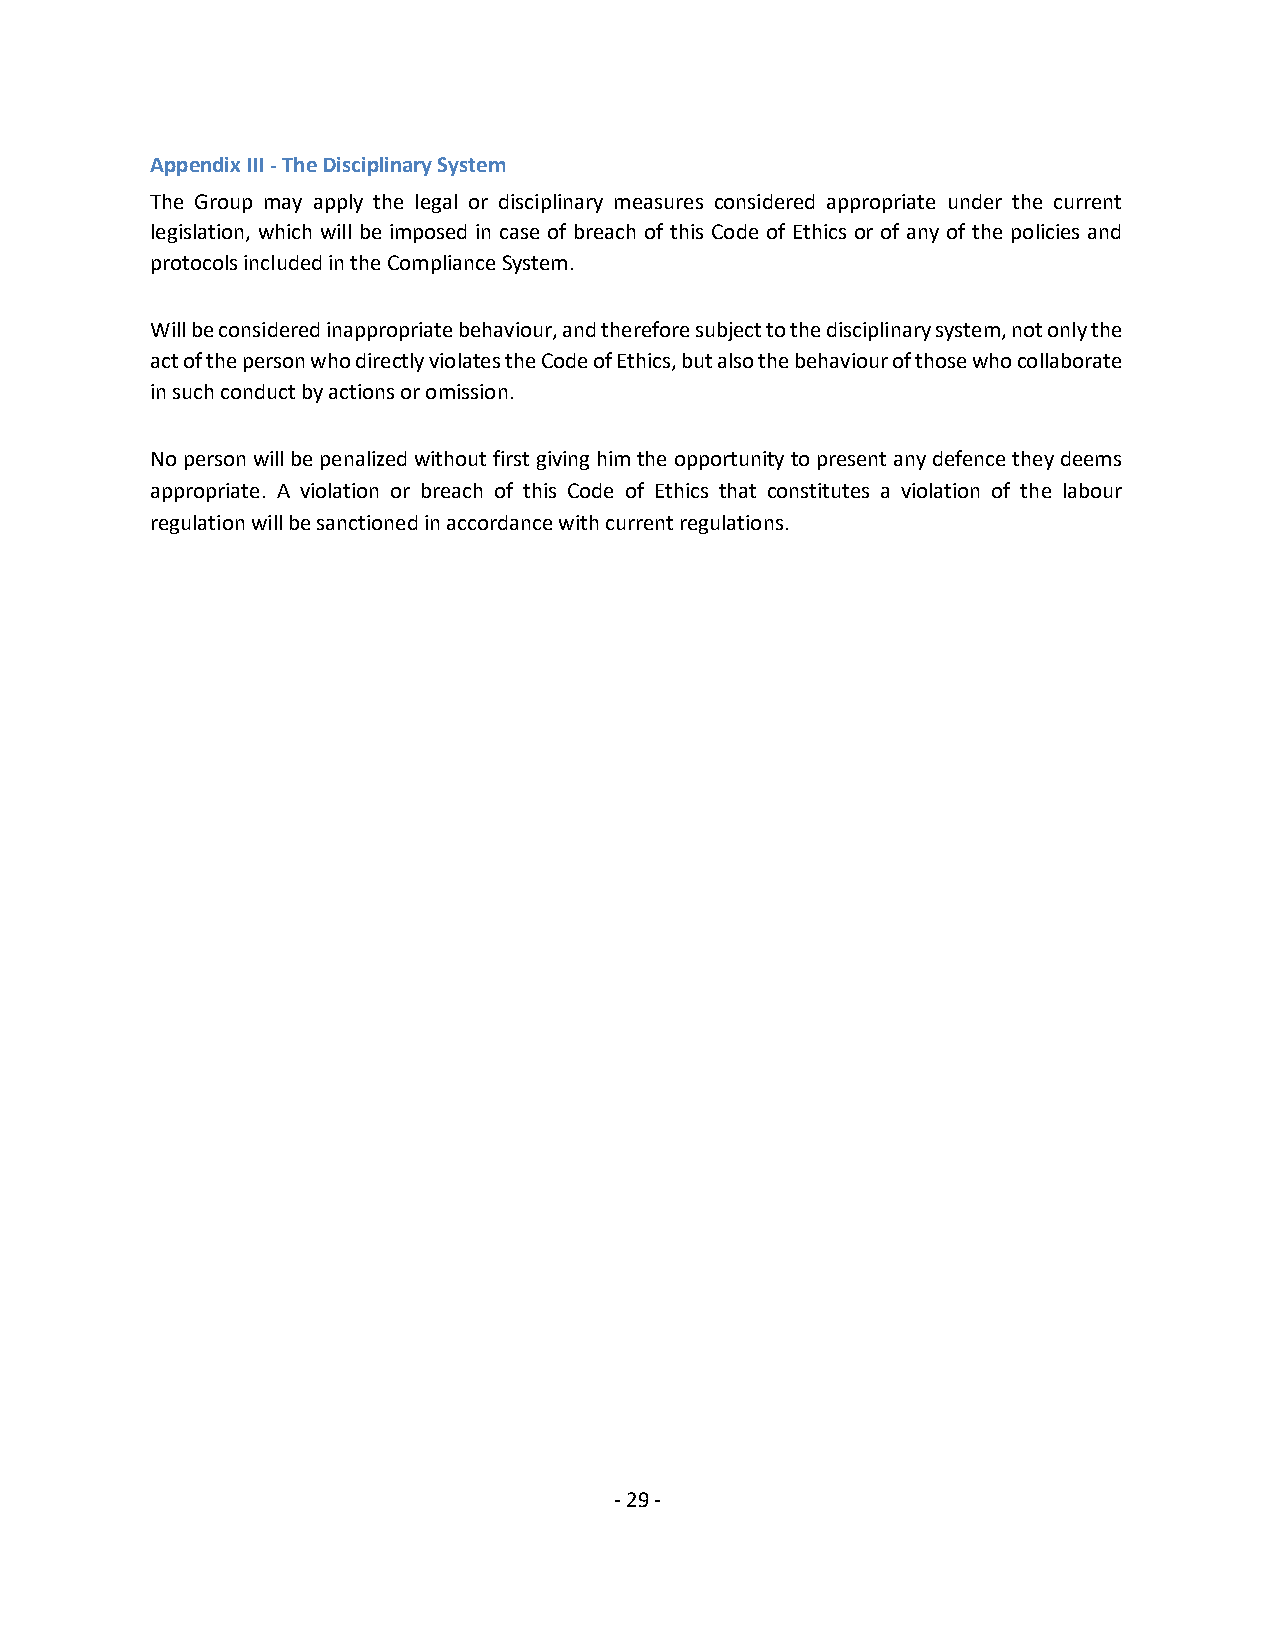
Appendix III - The Disciplinary System
 The Group may apply the legal or disciplinary measures considered appropriate under the current
 legislation, which will be imposed in case of breach of this Code of Ethics or of any of the policies and
 protocols included in the Compliance System.
 Will be considered inappropriate behaviour, and therefore subject to the disciplinary system, not only the
 act of the person who directly violates the Code of Ethics, but also the behaviour of those who collaborate
 in such conduct by actions or omission.
 No person will be penalized without first giving him the opportunity to present any defence they deems
 appropriate. A violation or breach of this Code of Ethics that constitutes a violation of the labour
 regulation will be sanctioned in accordance with current regulations.
 - 29 -